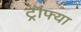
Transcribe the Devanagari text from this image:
ट्रॉफ्या